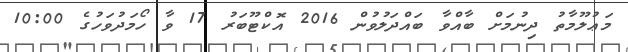
މަޢުލޫމާތު ދިނުމަށް ބާއްވާ ބައްދަލުވުން 2016 އޮކްޓޫބަރު 17 ވާ ހޯމަދުވަހުގެ 10:00